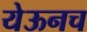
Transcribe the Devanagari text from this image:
येऊनच